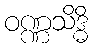
ဝဏ္ဏသိဒ္ဓိ